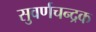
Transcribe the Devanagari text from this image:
सुवर्णचन्द्रक